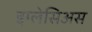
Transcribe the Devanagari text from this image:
इग्लेसिअस